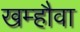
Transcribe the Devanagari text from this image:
खम्हौवा